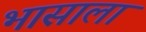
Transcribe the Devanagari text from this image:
भासाला